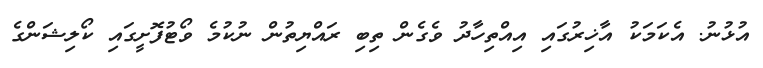
އުޅުނު. އެކަމަކު އާޚިރުގައި އިއްތިހާދު ވެގެން ތިބި ރައްޔިތުން ނުކުމެ ވޯޓުފޮށީގައި ކޯލިޝަންގެ